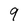
Character: 9